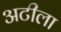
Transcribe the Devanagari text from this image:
अटीला